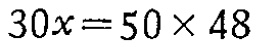
\(30x = 50\times48\)